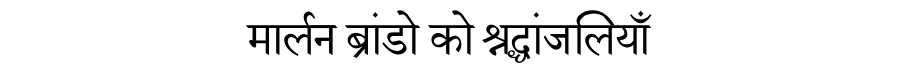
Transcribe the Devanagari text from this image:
मार्लन ब्रांडो को श्रद्धांजलियाँ